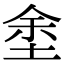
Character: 𡌆